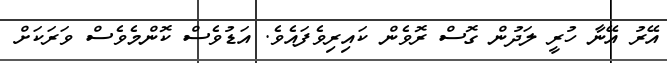
އޭރު އޭނާ ހުރީ ލަދުން ގޮސް ރޮވެން ކައިރިވެފައެވެ. އަޑުވެސް ކޮންމެވެސް ވަރަކަށް